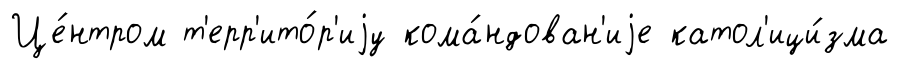
Це́нтром т'ерр'ито́р'иjу кома́ндован'иjе катол'ици́зма